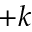
+ k